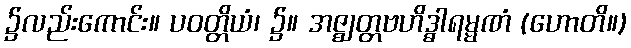
၌လည်းကောင်း။ ပဝတ္တိယံ၊ ၌။ အဇ္ဈတ္တဗဟိဒ္ဓါရမ္မဏံ (ဟောတိ။)